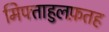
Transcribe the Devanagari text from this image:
मिफ्ताहुलफ़तह